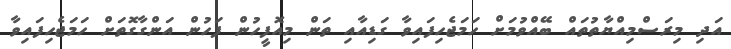
އަދި މިރަސްމިއްޔާތުތައް ބޭއްވުމަށް ހަމަޖެހިފައިވާ ގަޑިއާއި ތަން މިއޮފީހުން ފަހުން އަންގާގޮތަށް ހަމަޖެހިފައިވާ